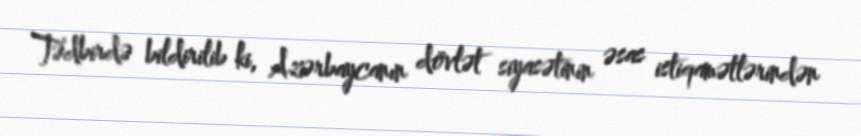
Tədbirdə bildirilib ki, Azərbaycanın dövlət siyasətinin əsas istiqamətlərindən